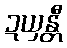
ဍယှန္တီ